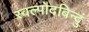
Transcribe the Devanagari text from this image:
स्वल्पोदबिन्दुं